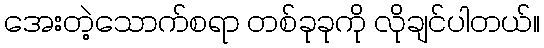
အေးတဲ့သောက်စရာ တစ်ခုခုကို လိုချင်ပါတယ်။